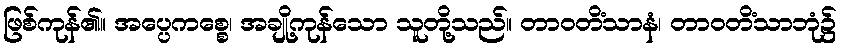
ဖြစ်ကုန်၏။ အပ္ပေကစ္စေ၊ အချို့ကုန်သော သူတို့သည်။ တာဝတိံသာနံ၊ တာဝတိံသာဘုံ၌